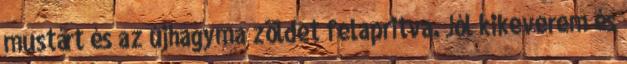
mustárt és az újhagyma zöldet felapritva. Jól kikeverem és